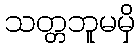
သတ္တဘူမမှိ